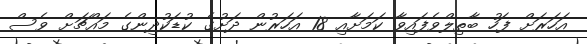
އަހަރަށް ފަހު ބާތިލްވެފައިވާ ކަމަށާއި 18 އަހަރުން ދަށުގެ ކުޑަކުދިންގެ މައްޗަށް ވެސް